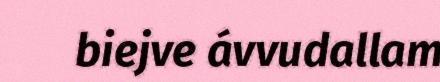
biejve ávvudallam